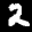
Label: 2